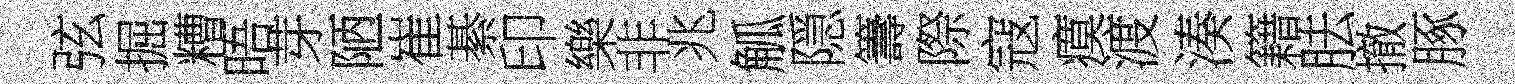
弦掘糟晤芽陋崔綦印樂非兆觚隠籌際寇瘼渡湊籍胠撤䐁